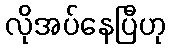
လိုအပ်နေပြီဟု